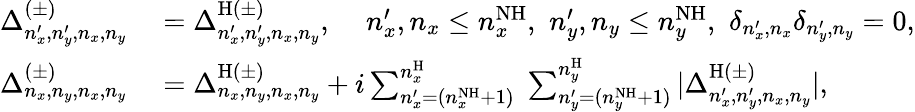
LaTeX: \begin{array}{rl}{\Delta_{n_{x}^{\prime},n_{y}^{\prime},n_{x},n_{y}}^{(\pm)}}&{{}=\Delta_{n_{x}^{\prime},n_{y}^{\prime},n_{x},n_{y}}^{\mathrm{H}(\pm)},\, \, \, \, \, \, \, n_{x}^{\prime},n_{x}\leq n_{x}^{\mathrm{NH}},\, \, n_{y}^{\prime},n_{y}\leq n_{y}^{\mathrm{NH}},\, \, \delta_{n_{x}^{\prime},n_{x}}\delta_{n_{y}^{\prime},n_{y}}=0,}\\ {\Delta_{n_{x},n_{y},n_{x},n_{y}}^{(\pm)}}&{{}=\Delta_{n_{x},n_{y},n_{x},n_{y}}^{\mathrm{H}(\pm)}+i\sum_{n_{x}^{\prime}=(n_{x}^{\mathrm{NH}}+1)}^{n_{x}^{\mathrm{H}}}\; \sum_{n_{y}^{\prime}=(n_{y}^{\mathrm{NH}}+1)}^{n_{y}^{\mathrm{H}}}|\Delta_{n_{x}^{\prime},n_{y}^{\prime},n_{x},n_{y}}^{\mathrm{H}(\pm)}|,}\end{array}